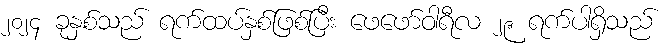
၂၀၂၄ ခုနှစ်သည် ရက်ထပ်နှစ်ဖြစ်ပြီး ဖေဖော်ဝါရီလ ၂၉ ရက်ပါရှိသည်